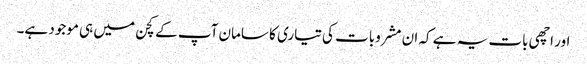
اور اچھی بات یہ ہے کہ ان مشروبات کی تیاری کا سامان آپ کے کچن میں ہی موجود ہے۔